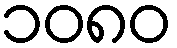
၁၀၈၀